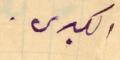
الكبرى.